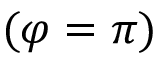
( \varphi = \pi )